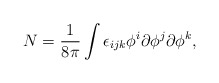
\begin{align*}N = \frac {1}{8\pi} \int \epsilon_{ijk} \phi^{i} \partial\phi^{j} \partial \phi^{k},\end{align*}